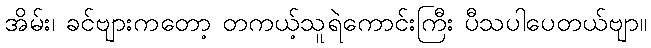
အိမ်း၊ ခင်ဗျားကတော့ တကယ့်သူရဲကောင်းကြီး ပီသပါပေတယ်ဗျာ။